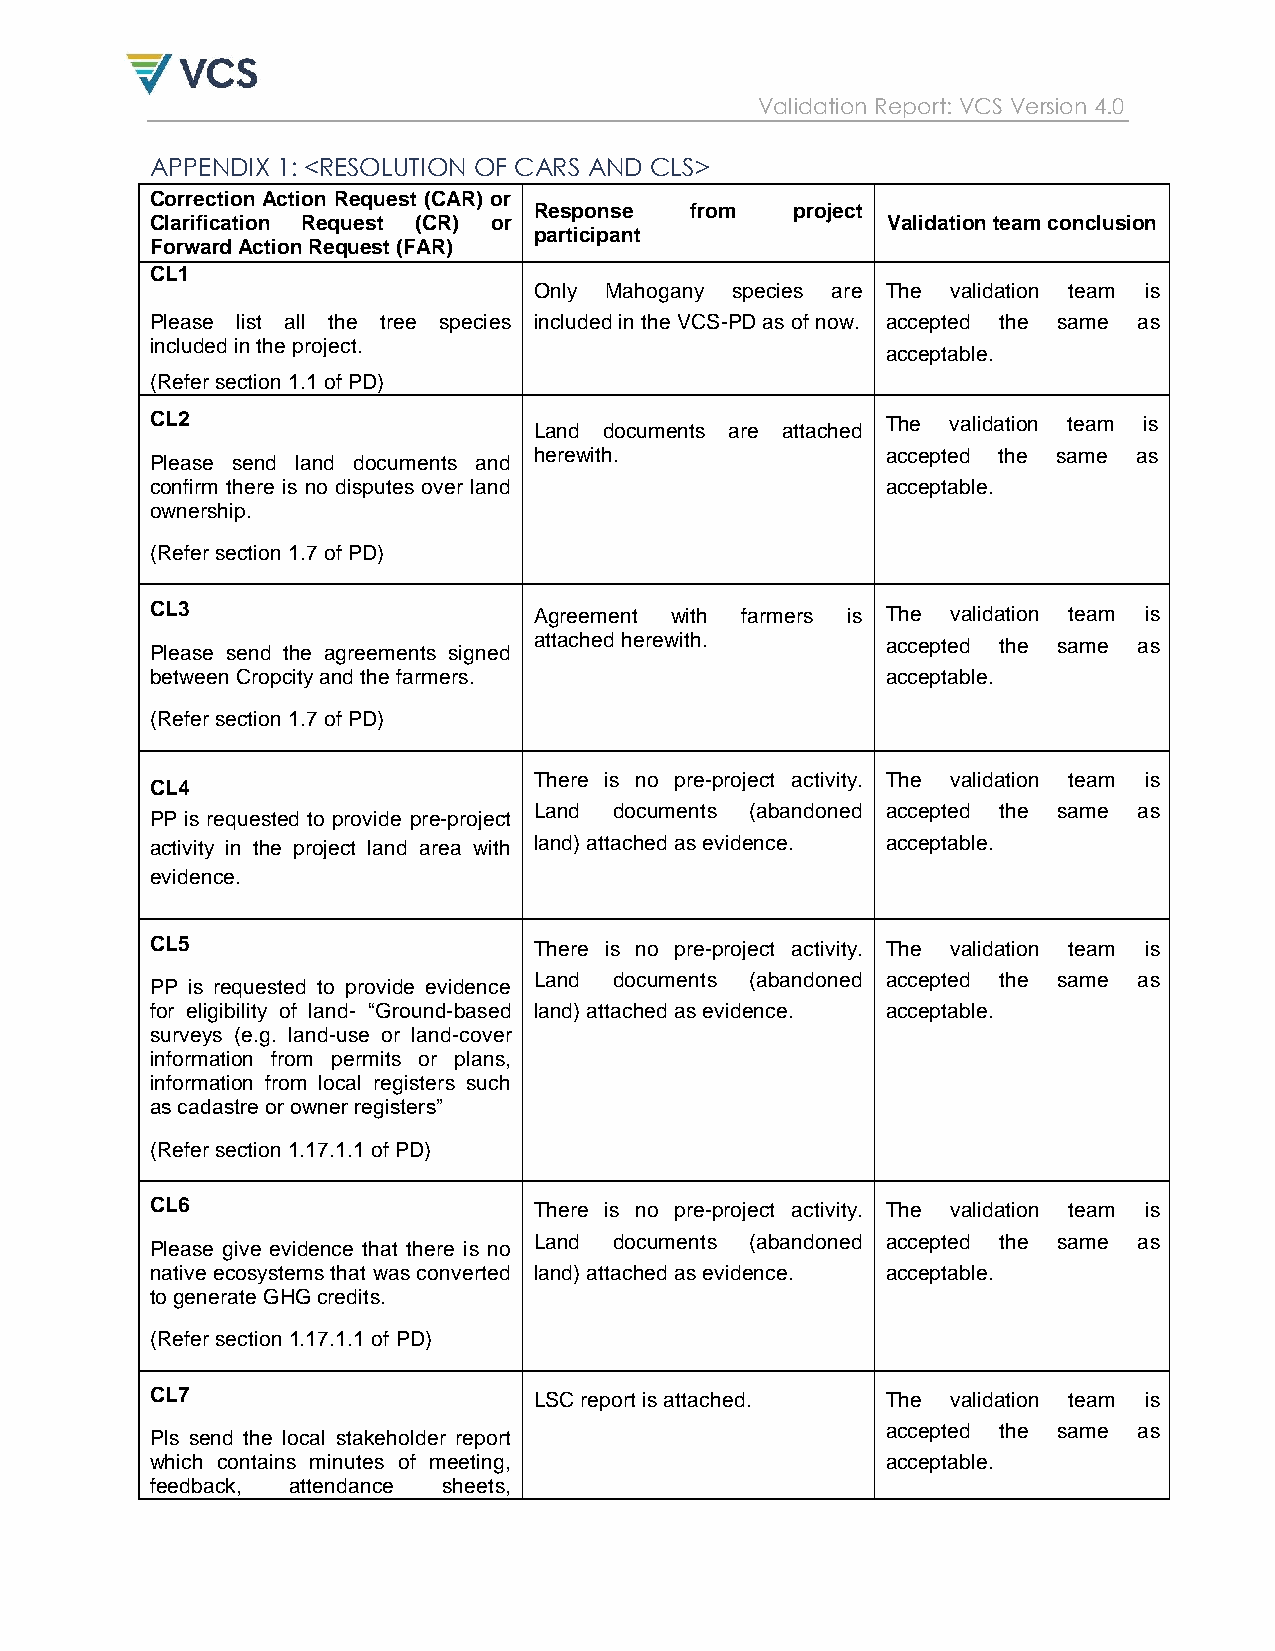
Validation Report: VCS Version 4.0
 APPENDIX 1: <RESOLUTION OF CARS AND CLS>
 Correction Action Request (CAR) or
 Response   from   project
 Clarification Request (CR) or                    Validation team conclusion
 participant
 Forward Action Request (FAR)
 CL1
 Only Mahogany species are The validation team is
 Please list all the tree species included in the VCS-PD as of now. accepted the same as
 included in the project.
 acceptable.
 (Refer section 1.1 of PD)
 CL2                                              The validation team is
 Land documents are attached
 herewith.               accepted the same as
 Please send land documents and
 confirm there is no disputes over land           acceptable.
 ownership.
 (Refer section 1.7 of PD)
 CL3                      Agreement with farmers is The validation team is
 attached herewith.      accepted the same as
 Please send the agreements signed
 between Cropcity and the farmers.                acceptable.
 (Refer section 1.7 of PD)
 There is no pre-project activity. The validation team is
 CL4
 Land  documents (abandoned accepted the same as
 PP is requested to provide pre-project
 activity in the project land area with land) attached as evidence. acceptable.
 evidence.
 CL5                      There is no pre-project activity. The validation team is
 Land  documents (abandoned accepted the same as
 PP is requested to provide evidence
 for eligibility of land- “Ground-based land) attached as evidence. acceptable.
 surveys (e.g. land-use or land-cover
 information from permits or plans,
 information from local registers such
 as cadastre or owner registers”
 (Refer section 1.17.1.1 of PD)
 CL6                      There is no pre-project activity. The validation team is
 Land  documents (abandoned accepted the same as
 Please give evidence that there is no
 native ecosystems that was converted land) attached as evidence. acceptable.
 to generate GHG credits.
 (Refer section 1.17.1.1 of PD)
 CL7                      LSC report is attached. The validation team is
 accepted the same as
 Pls send the local stakeholder report
 which contains minutes of meeting,               acceptable.
 feedback, attendance sheets,